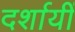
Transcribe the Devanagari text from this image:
दर्शायीं